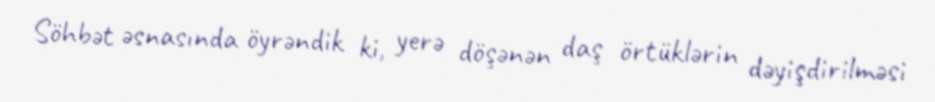
Söhbət əsnasında öyrəndik ki, yerə döşənən daş örtüklərin dəyişdirilməsi